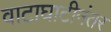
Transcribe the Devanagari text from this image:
वाटाघाटीनंतर